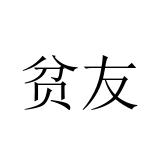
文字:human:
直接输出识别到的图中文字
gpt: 贫友